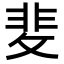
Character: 𭣻